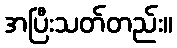
အပြီးသတ်တည်း။